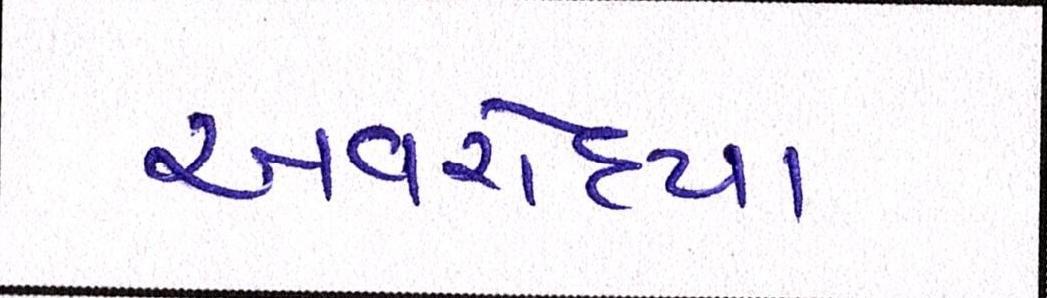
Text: અવરોધ્યા